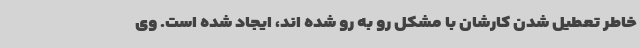
خاطر تعطیل شدن کارشان با مشکل رو به رو شده اند، ایجاد شده است. وی